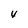
Character: y